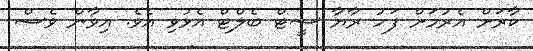
ކާރަށް އެރުމަށް ފަހު ރާޔާ ސީޓް ބެލްޓް އެޅުވި އެވެ. އިވާން ވެސް